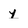
Character: y